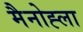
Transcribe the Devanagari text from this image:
मैनोह्ला